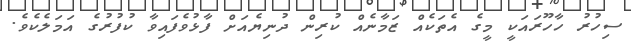
ސިހުރު ހާހޫރައަކީ މީގެ އެތަކެއް ޒަމާނެއް ކުރިން ދުނިޔެއަށް ފާޅުވެފައިވާ ކުފުރުގެ އަމަލެކެވެ.